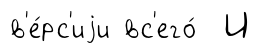
в'е́рс'иjи вс'его́ И